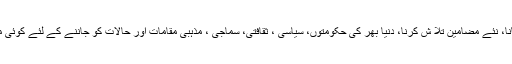
علم کی اہمیت مجھ پر واضح ہے مگر نئی کتاب اٹھانا، نئے مضامین تلا ش کرنا، دنیا بھر کی حکومتوں، سیاسی ، ثقافتی، سماجی ، مذہبی مقامات اور حالات کو جاننے کے لئے کوئی مضبوط دلیل تو ہونی چاہئے جو اس کی ترغیب دے۔